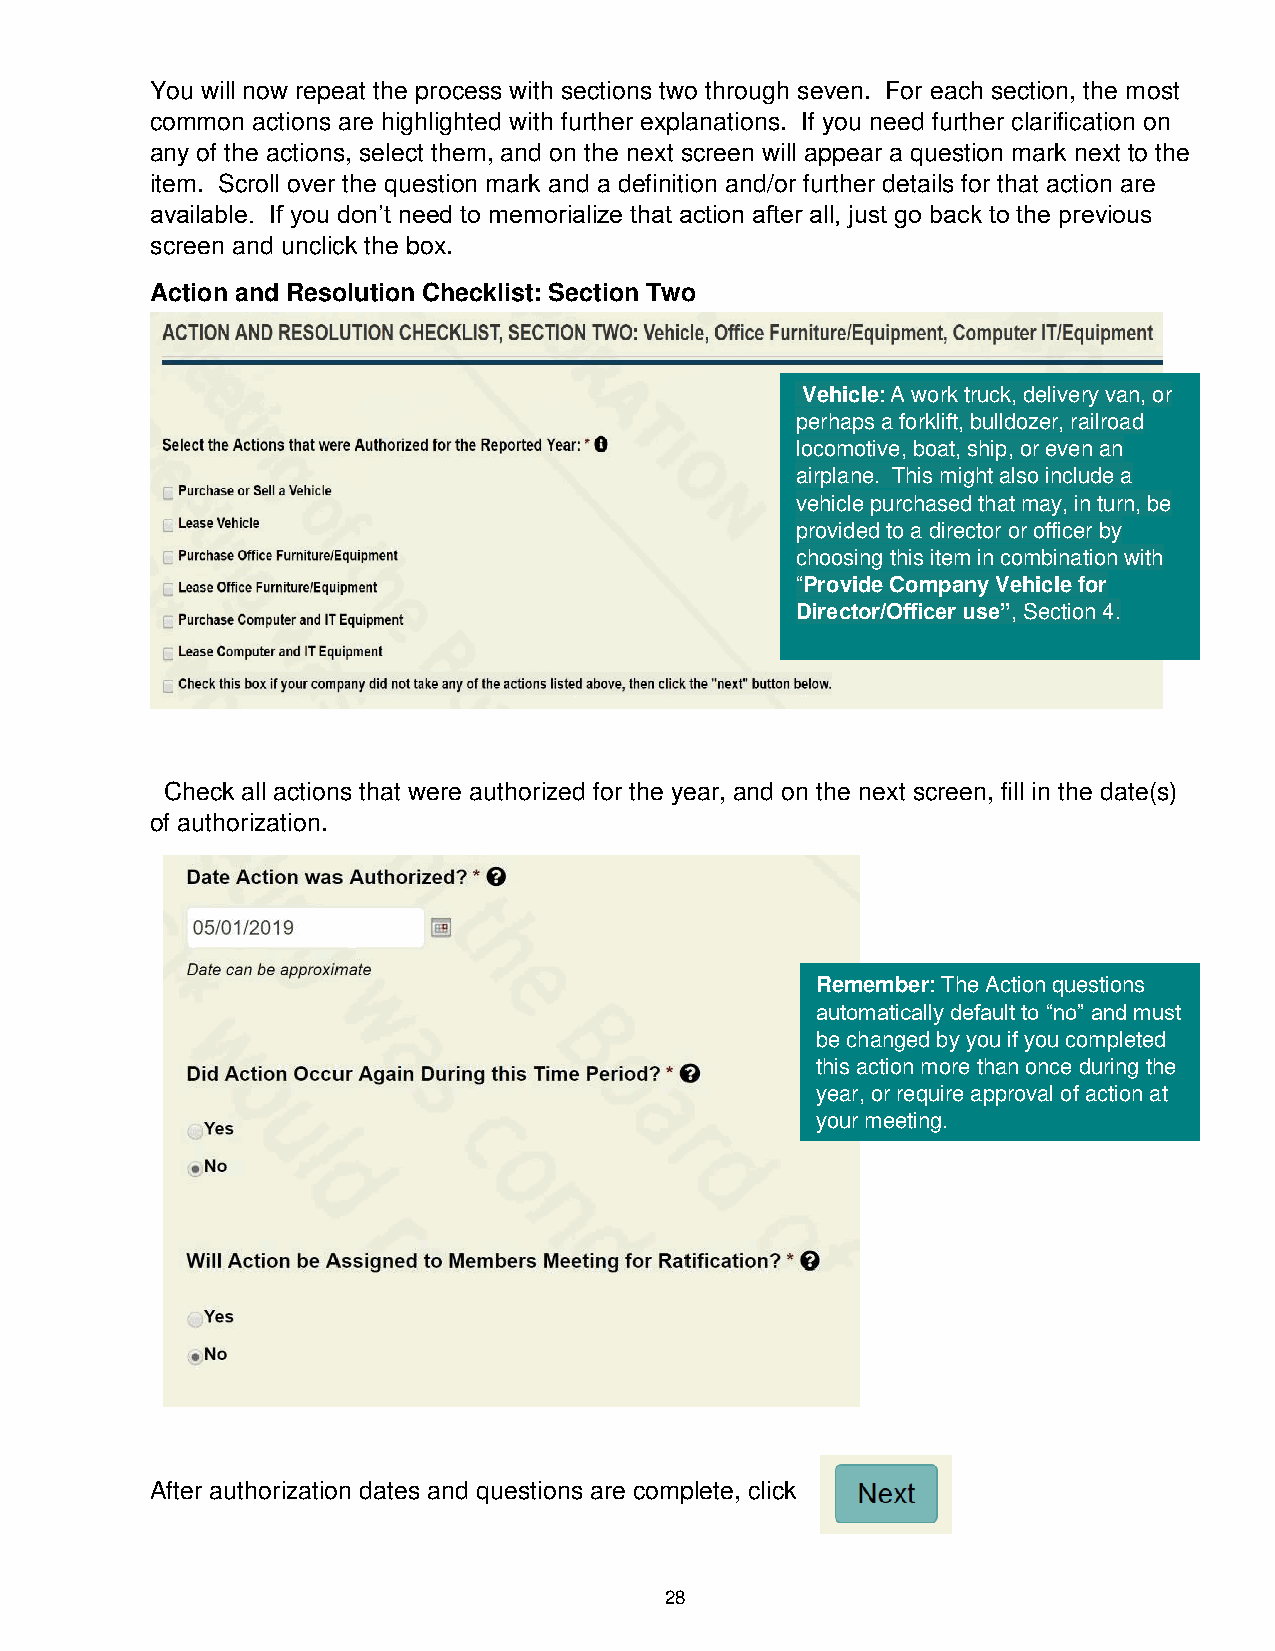
You will now repeat the process with sections two through seven. For each section, the most
 common actions are highlighted with further explanations. If you need further clarification on
 any of the actions, select them, and on the next screen will appear a question mark next to the
 item. Scroll over the question mark and a definition and/or further details for that action are
 available. If you don’t need to memorialize that action after all, just go back to the previous
 screen and unclick the box.
 Action and Resolution Checklist: Section Two
 Vehicle: A work truck, delivery van, or
 perhaps a forklift, bulldozer, railroad
 locomotive, boat, ship, or even an
 airplane. This might also include a
 vehicle purchased that may, in turn, be
 provided to a director or officer by
 choosing this item in combination with
 “Provide Company Vehicle for
 Director/Officer use”, Section 4.
 Check all actions that were authorized for the year, and on the next screen, fill in the date(s)
 of authorization.
 Remember: The Action questions
 automatica lly default to “no” and must
 be changed by you if you completed
 this action more than once during the
 year, or require approval of action at
 your meeting.
 After authorization dates and questions are complete, click
 28